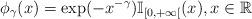
LaTeX: \begin{align*}\phi _{\gamma }(x)=\exp (-x^{-\gamma })\mathbb{I}_{\left[ 0,+\infty \right[}(x),x\in \mathbb{R}\ \end{align*}